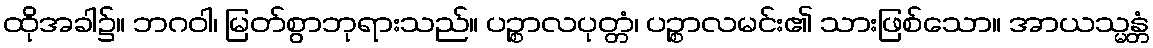
ထိုအခါ၌။ ဘဂဝါ၊ မြတ်စွာဘုရားသည်။ ပဉ္စာလပုတ္တံ၊ ပဉ္စာလမင်း၏ သားဖြစ်သော။ အာယသ္မန္တံ